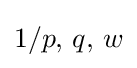
1/p,\,q,\,w